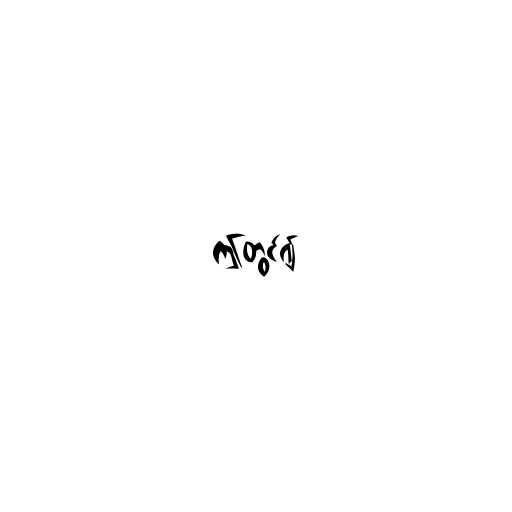
ဤတွင်၍